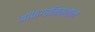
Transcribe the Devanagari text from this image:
आफगानिस्तान